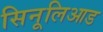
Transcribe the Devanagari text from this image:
सिनूलिआड